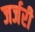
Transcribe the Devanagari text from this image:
जर्जरी